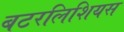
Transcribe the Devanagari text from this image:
बटरलिशियस